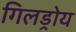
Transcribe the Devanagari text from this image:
गिलड्रोय